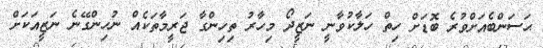
ޙަސަންބެެއަށްވުރެ ބޮޑަށް ހިތް ހަލާކުވާނީ ނަޒީދޯ މިހާރު ތިހިންގާ ޖަރީމާތަކެެެއް ނުހިިންގޭނެ ނަޒީއަކަށް